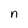
Character: n